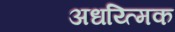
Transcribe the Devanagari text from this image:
अधय्त्मिक